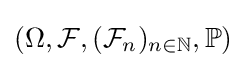
(\Omega ,{\mathcal {F}},({\mathcal {F}}_{n})_{n\in \mathbb {N} },\mathbb {P} )